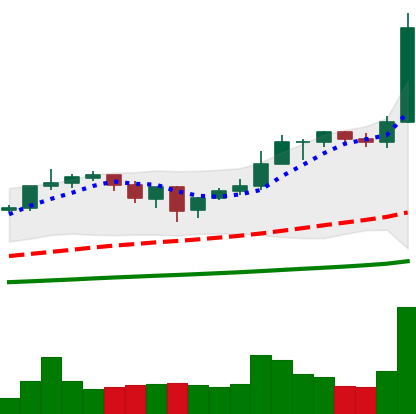
Ticker: ETH-USD
Chart end date: 2021-01-03
Forward return: 25.493%
Label: up_7plus